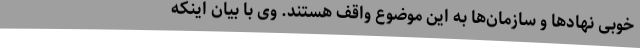
خوبی نهادها و سازمان‌ها به این موضوع واقف هستند. وی با بیان اینکه